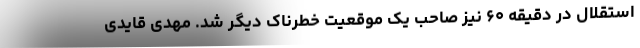
استقلال در دقیقه ۶۰ نیز صاحب یک موقعیت خطرناک دیگر شد. مهدی قایدی